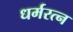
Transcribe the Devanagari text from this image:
धर्मरत्न